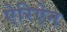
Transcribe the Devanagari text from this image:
ऐरिऐन